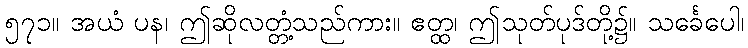
၅၇၁။ အယံ ပန၊ ဤဆိုလတ္တံ့သည်ကား။ ဧတ္ထ၊ ဤသုတ်ပုဒ်တို့၌။ သင်္ခေပေါ၊